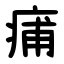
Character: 痡